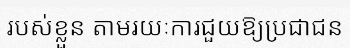
របស់ខ្លួន តាមរយៈការជួយឱ្យប្រជាជន